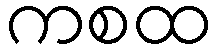
ကစထ